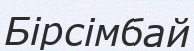
Бірсімбай